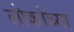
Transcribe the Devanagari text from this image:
लोर्काच्या